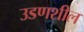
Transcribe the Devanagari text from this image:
उडणशील